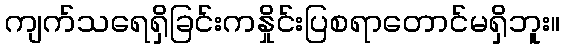
ကျက်သရေရှိခြင်းကနှိုင်းပြစရာတောင်မရှိဘူး။